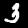
Digit: 3